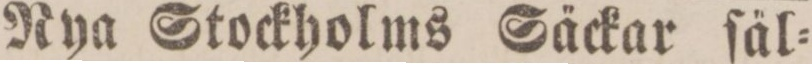
Nya Stockholms Säckar ſäl=